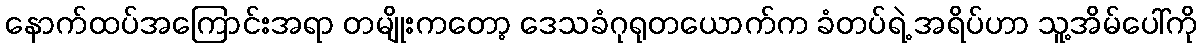
နောက်ထပ်အကြောင်းအရာ တမျိုးကတော့ ဒေသခံဂုရုတယောက်က ခံတပ်ရဲ့ အရိပ်ဟာ သူ့အိမ်ပေါ်ကို